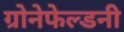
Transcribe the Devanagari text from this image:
ग्रोनेफेल्डनी